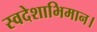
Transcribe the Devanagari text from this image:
स्वदेशाभिमान।